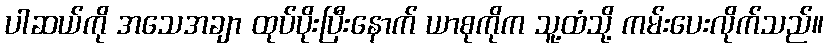
ပါဆယ်ကို အသေအချာ ထုပ်ပိုးပြီးနောက် ယာစုကိုက သူ့ထံသို့ ကမ်းပေးလိုက်သည်။